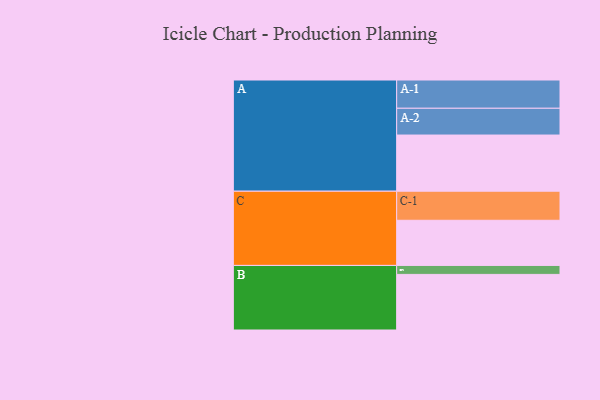
{"axis": {"x": "Segment", "y": "Value"}, "legend": ["", "A", "B", "C"], "data": [{"x": "A", "y": 489, "type": ""}, {"x": "B", "y": 484, "type": ""}, {"x": "C", "y": 393, "type": ""}, {"x": "A-1", "y": 246, "type": "A"}, {"x": "A-2", "y": 233, "type": "A"}, {"x": "B-1", "y": 78, "type": "B"}, {"x": "C-1", "y": 253, "type": "C"}]}